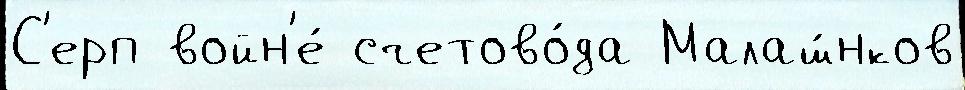
С'ерп войн'е́ счетово́да Малаш́нков